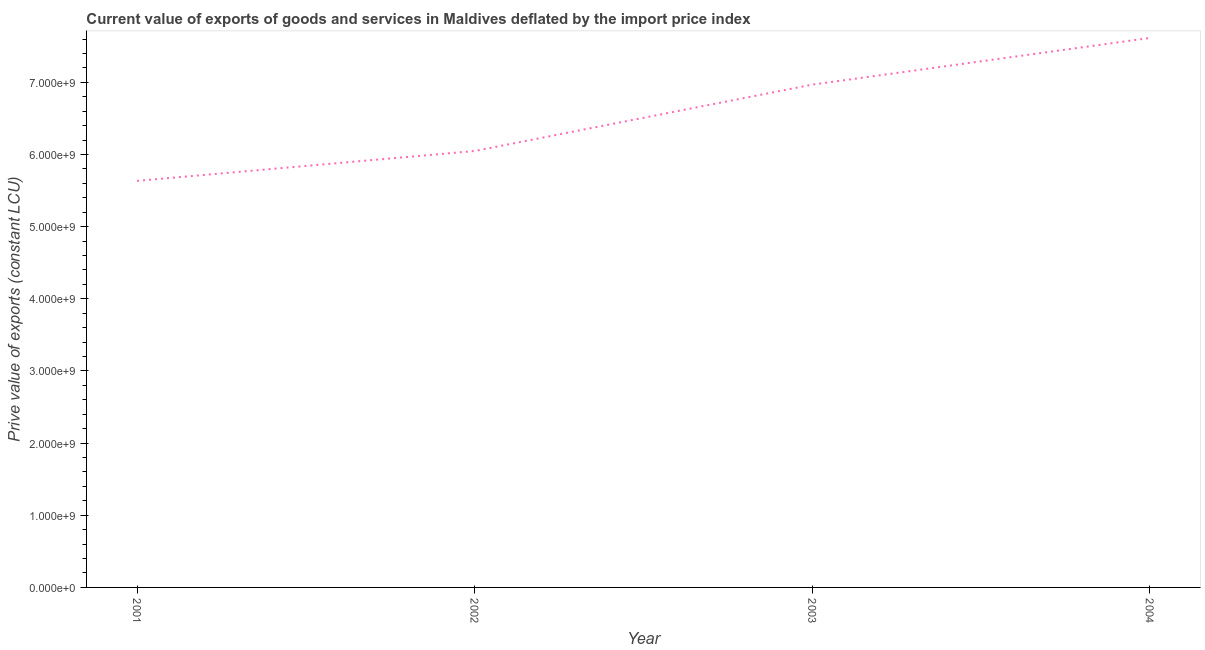
| Year | Exports as a capacity to import (constant LCU) |
 | --- | --- |
 | 2001 | 5.63e+09 |
 | 2002 | 6.05e+09 |
 | 2003 | 6.97e+09 |
 | 2004 | 7.61e+09 |